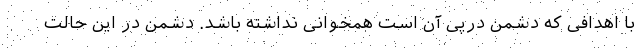
با اهدافی که دشمن درپی آن است همخوانی نداشته باشد. دشمن در این حالت